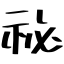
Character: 祕